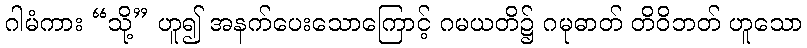
ဂါမံကား “သို့” ဟူ၍ အနက်ပေးသောကြောင့် ဂမယတိ၌ ဂမုဓာတ် တိဝိဘတ် ဟူသော